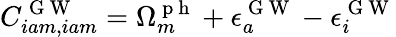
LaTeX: C_{iam,iam}^{\mathrm{~G~W~}}=\Omega_{m}^{\mathrm{~p~h~}}+\epsilon_{a}^{\mathrm{~G~W~}}-\epsilon_{i}^{\mathrm{~G~W~}}